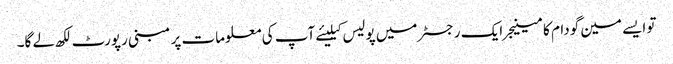
تو ایسے مین گودام کا مینیجر ایک رجسٹر میں پولیس کیلیئے آپ کی معلومات پر مبنی رپورٹ لکھ لے گا۔